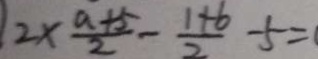
2 \times \frac { a + 5 } { 2 } - \frac { 1 + b } { 2 } - 5 =